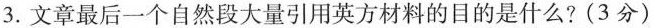
3.文章最后一个自然段大量引用英方材料的目的是什么?(3分)